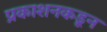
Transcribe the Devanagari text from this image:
प्रकाशनकडून